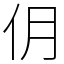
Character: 仴